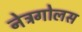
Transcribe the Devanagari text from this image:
नेत्रगोलस